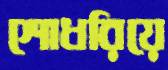
শোধরিয়ে